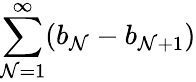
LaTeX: \sum_{\mathcal{N}=1}^{\infty}(b_{\mathcal{N}}-b_{\mathcal{N}+1})